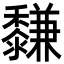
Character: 𪐋